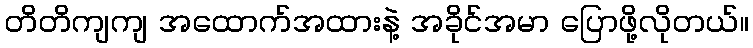
တိတိကျကျ အထောက်အထားနဲ့ အခိုင်အမာ ပြောဖို့လိုတယ်။